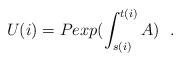
LaTeX: \begin{align*}U(i) = P exp (\int_{s(i)}^{t(i)}A)\ \ . \end{align*}